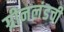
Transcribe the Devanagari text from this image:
ग्रीनलंडची